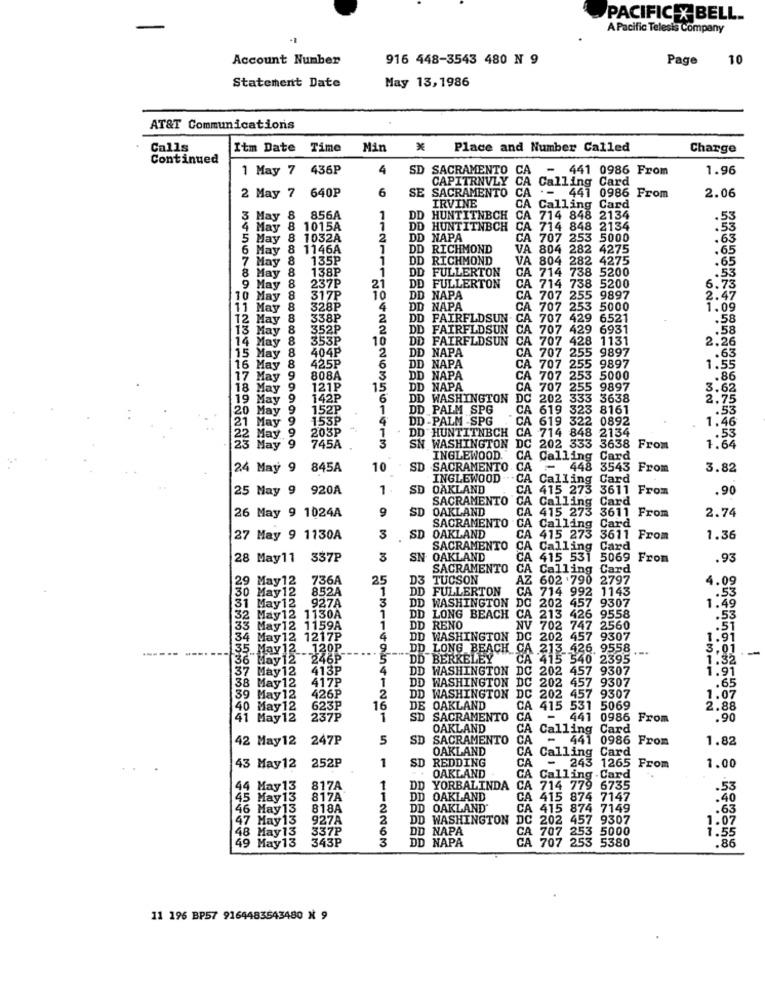
PACIFIC X BELL.
A Pacific Telesis Company
Account Number
916 448-3543 480 N 9
Page
10
Statement Date
May 13, 1986
AT&T Communications
Calls
Itm Date Time
Min
Place and Number Called
Charge
Continued
1 May 7 436P
4
SD SACRAMENTO
CA
441 0986 From
1.96
CAPITRNVLY CA
6
SACRAMENTO
2 May 7 640P
SE
IRVINE
CA - - 441 0986 From
CA
2.06
CA Calling Card
3 May 8
856A
1
DD HUNTITNBCH
714 848 2134
.53
4 May
1015A
1
DD HUNTITNBCH CA 714 848 2134
D HUNTITNBCH
5 May 8
1032A
2
DD NAPA
CA 707 253 5000
6
6 May
1146A
1
DD RICHMOND
VA 804 282
2 4275
.65
7 May 8
135P
1
DD
RICHMOND
VA 804
282 4275
.65
8 May 8
138P
1
CA 714 738 5200
.53
DD FULLERTON
6.73
9 May
237P
21
D FULLERTON
CA 714 738 5200
10 May
8
317P
10
DD NAPA
CA 707 255 9897
2.47
11 May 8
328P
4
DD NAPA
CA 707 253 5000
3 5000
1.09
12 May 8
338P
2
DD FAIRFLDSUN CA 707 429 6521
.58
13 May &
352P
2
DD FAIRFLDSUN
DD FAIRFLDSUN CA 707 429 6931
.58
353P
10
DD FAIRFLDSUN
CA 707 428 1131
2.26
14 May 8
404P
DD NAPA
CA 707 255 9897
9897
.63
15 May 8
2
9897
16 May 8
425P
6
DD NAPA
CA 707 255
1.55
17 May 9
808A
DD NAPA
CA 707 253 5000
.86
18 May 9
121P
15
DD NAPA
CA 707
255
9897
3.62
119 May 9
142P
6
DD WASHINGTON DC 202
333
3638
2.75
20 May 9
152P
1
DD PALM SPG
CA 619 323
8161
.53
21 May 9
153P
4
DD -PALM -SPG
A 619 322 0892
1.46
203P
1
DD
.53
22 May 9
745A
3
DD HUNTITNBCH
N WASHINGTON
CA 714 848 2134
3 May 9
DC 202 333 3638 From
1.64
INGLEWOOD. CA
Calling Card
24 May 9
845A
10
SD
SACRAMENTO
CA
448 3543 From
3.82
INGLEWOOD
Calling Card
25 May 9 920A
1
SD
OAKLAND
CA
415 273
3611 From
.90
SACRAMENTO
"CA Calling Card
26 May 9 1024A
9
SD
OAKLAND
CA
415 273
2.74
SACRAMENTO
CA
3611 From
Card
Calling
27 May 9 1130A
3
SD
OAKLAND
CA
415 273
3611 From
1.36
SACRAMENTO
CA Calling Card
28 May11 337P
3
SN
OAKLAND
CA 415 531 5069 From
.93
SACRAMENTO
CA Calling
Card
29 May12
736A
25
D3
TUCSON
AZ
602 .790 2797
4.09
30 May12
852A
1
DD FULLERTON
CA
714 992
1143
.53
3
DD WASHINGTON
DG 202 457 9307
31 May12
927A
1.49
132 May12 1130A
1
1
DD
DD LONG BEACH CA 213 426 9558
LONG BEACH
213 426 9558
.53
33 May12 1159A
DD RENO
NV 702 747 2560
.51
34 May12 1217P
4
DD WASHINGTON DC 202 457 9307
202 457 9307
1.91
------ ---..
35_May12 __. 130P
...
9
DD LONG BEACH CA 213 426. 9558
-.
3.01
-
36 May12 246P
5
DD BERKELEY
CA 415 540 2395
1.32
37 May12 413P
4
DD WASHINGTON DC 202 457 9307
1.91
1
DD
WASHINGTON DC 202 457 9307
38 May12 417P
2
.65
39 May12 426P
DD
WASHINGTON DC 202 457 9307
1.07
40 May12
623P
16
DE
OAKLAND
CA 415 531 5069
2.88
41 May12
237P
1
SD
SACRAMENTO
CA
-
441 0986
From
.90
OAKLAND
CA
Calling Card
42 May12 247P
5
SD
SACRAMENTO
CA
- 441 0986 From
1.82
OAKLAND
CA
Calling Card
252P
1
SD
REDDING
CA
1.00
43 May12
- 243 1265 From
OAKLAND
CA
Calling . Card
44 May13
817A
1
DD YORBALINDA
CA 714 779 6735
.53
45 May13
817A
D OAKLAND
CA 415 874 7147
.40
46 May 13
818A
2
DD OAKLAND
CA 415 874 7149
.63
47 May13
927A
2
DD
WASHINGTON
DC 202 457 9307
1.07
48 May13 337P
6
DD NAPA
1.55
49 May13
343P
DD
DD NAPA
CA 707 253 5000
CA 707 253
5380
.86
11 196 BP57 9164483543480 X 9